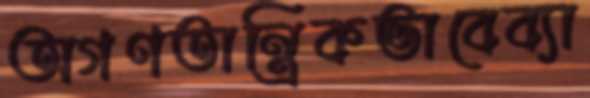
অগণতান্ত্রিকভাবেব্যা